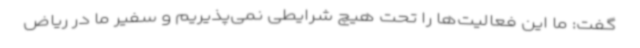
گفت: ما این فعالیت‌ها را تحت هیچ شرایطی نمی‌پذیریم و سفیر ما در ریاض